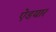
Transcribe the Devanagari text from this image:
ऐडयार